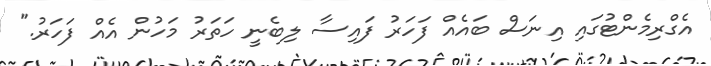
އެގްރިމެންޓުގައި އިނަސް ބައެއް ފަހަރު ފައިސާ ލިބެނީ ހަތަރު މަހުން އެއް ފަހަރު."